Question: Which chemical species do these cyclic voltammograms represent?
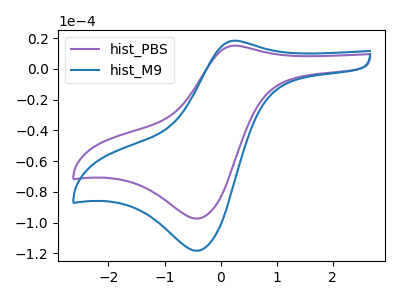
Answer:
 <answer>The purple curve is labeled "hist_PBS". The blue curve is labeled "hist_M9".</answer>
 <eval></eval>